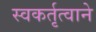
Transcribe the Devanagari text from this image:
स्वकर्तृत्वाने